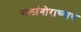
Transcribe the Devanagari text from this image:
सलांगोराच्याच